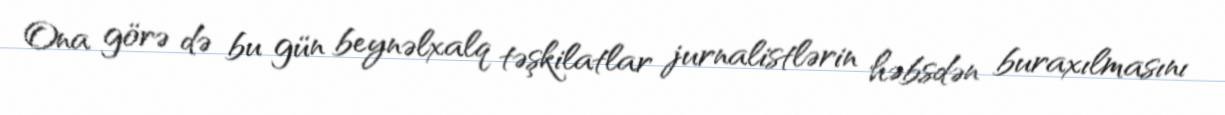
Ona görə də bu gün beynəlxalq təşkilatlar jurnalistlərin həbsdən buraxılmasını